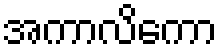
အကာလိကော